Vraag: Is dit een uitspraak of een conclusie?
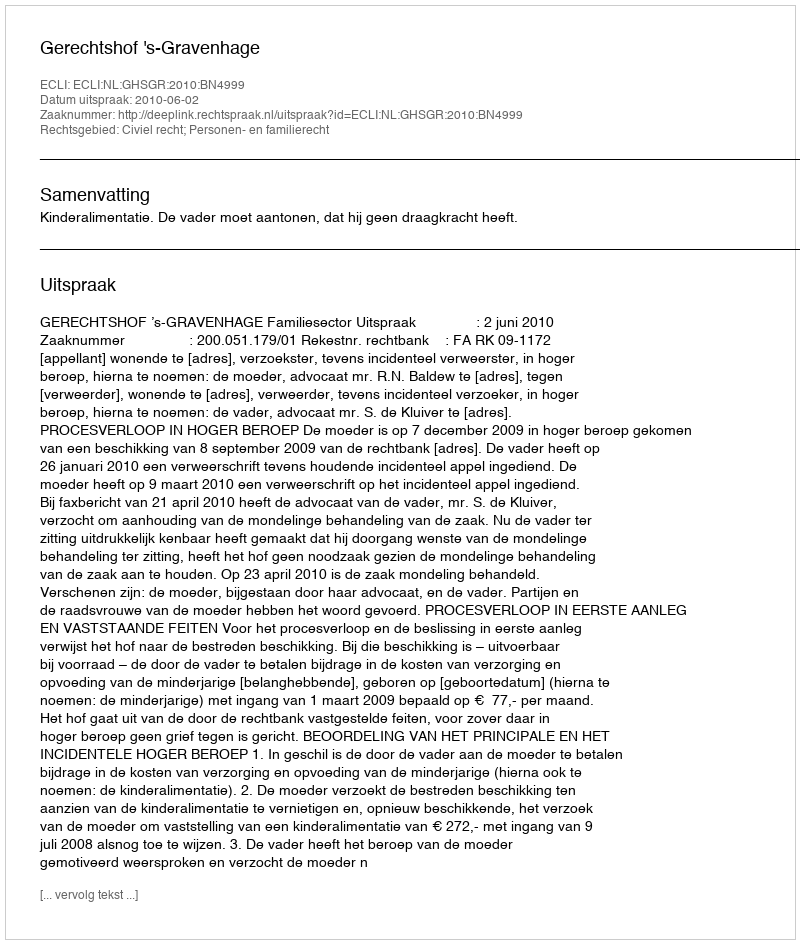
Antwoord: Uitspraak